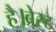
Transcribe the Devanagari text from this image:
है।ब्रेस्ट